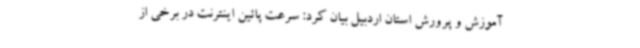
آموزش و پرورش استان اردبیل بیان کرد: سرعت پائین اینترنت در برخی از